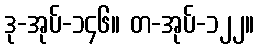
ဒု-အုပ်-၁၄၆။ တ-အုပ်-၁၂၂။